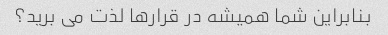
بنابراین شما همیشه در قرارها لذت می برید؟